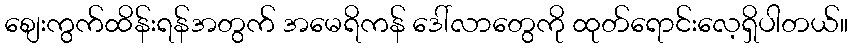
စျေးကွက်ထိန်းရန်အတွက် အမေရိကန် ဒေါ်လာတွေကို ထုတ်ရောင်းလေ့ရှိပါတယ်။